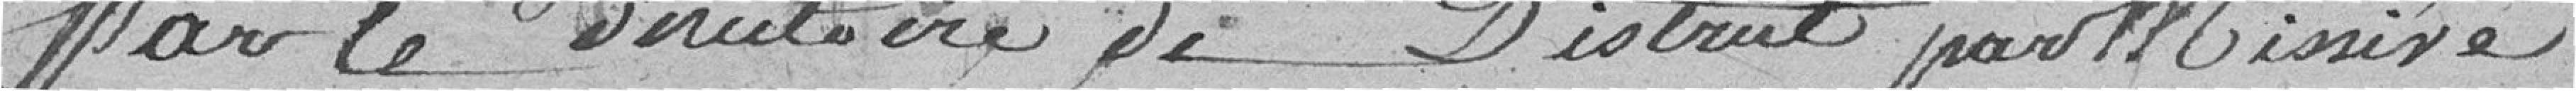
par le Directoire de District par Missive